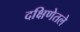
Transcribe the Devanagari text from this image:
दक्षिणेतले